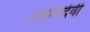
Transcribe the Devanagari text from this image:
अप्सरादेवी